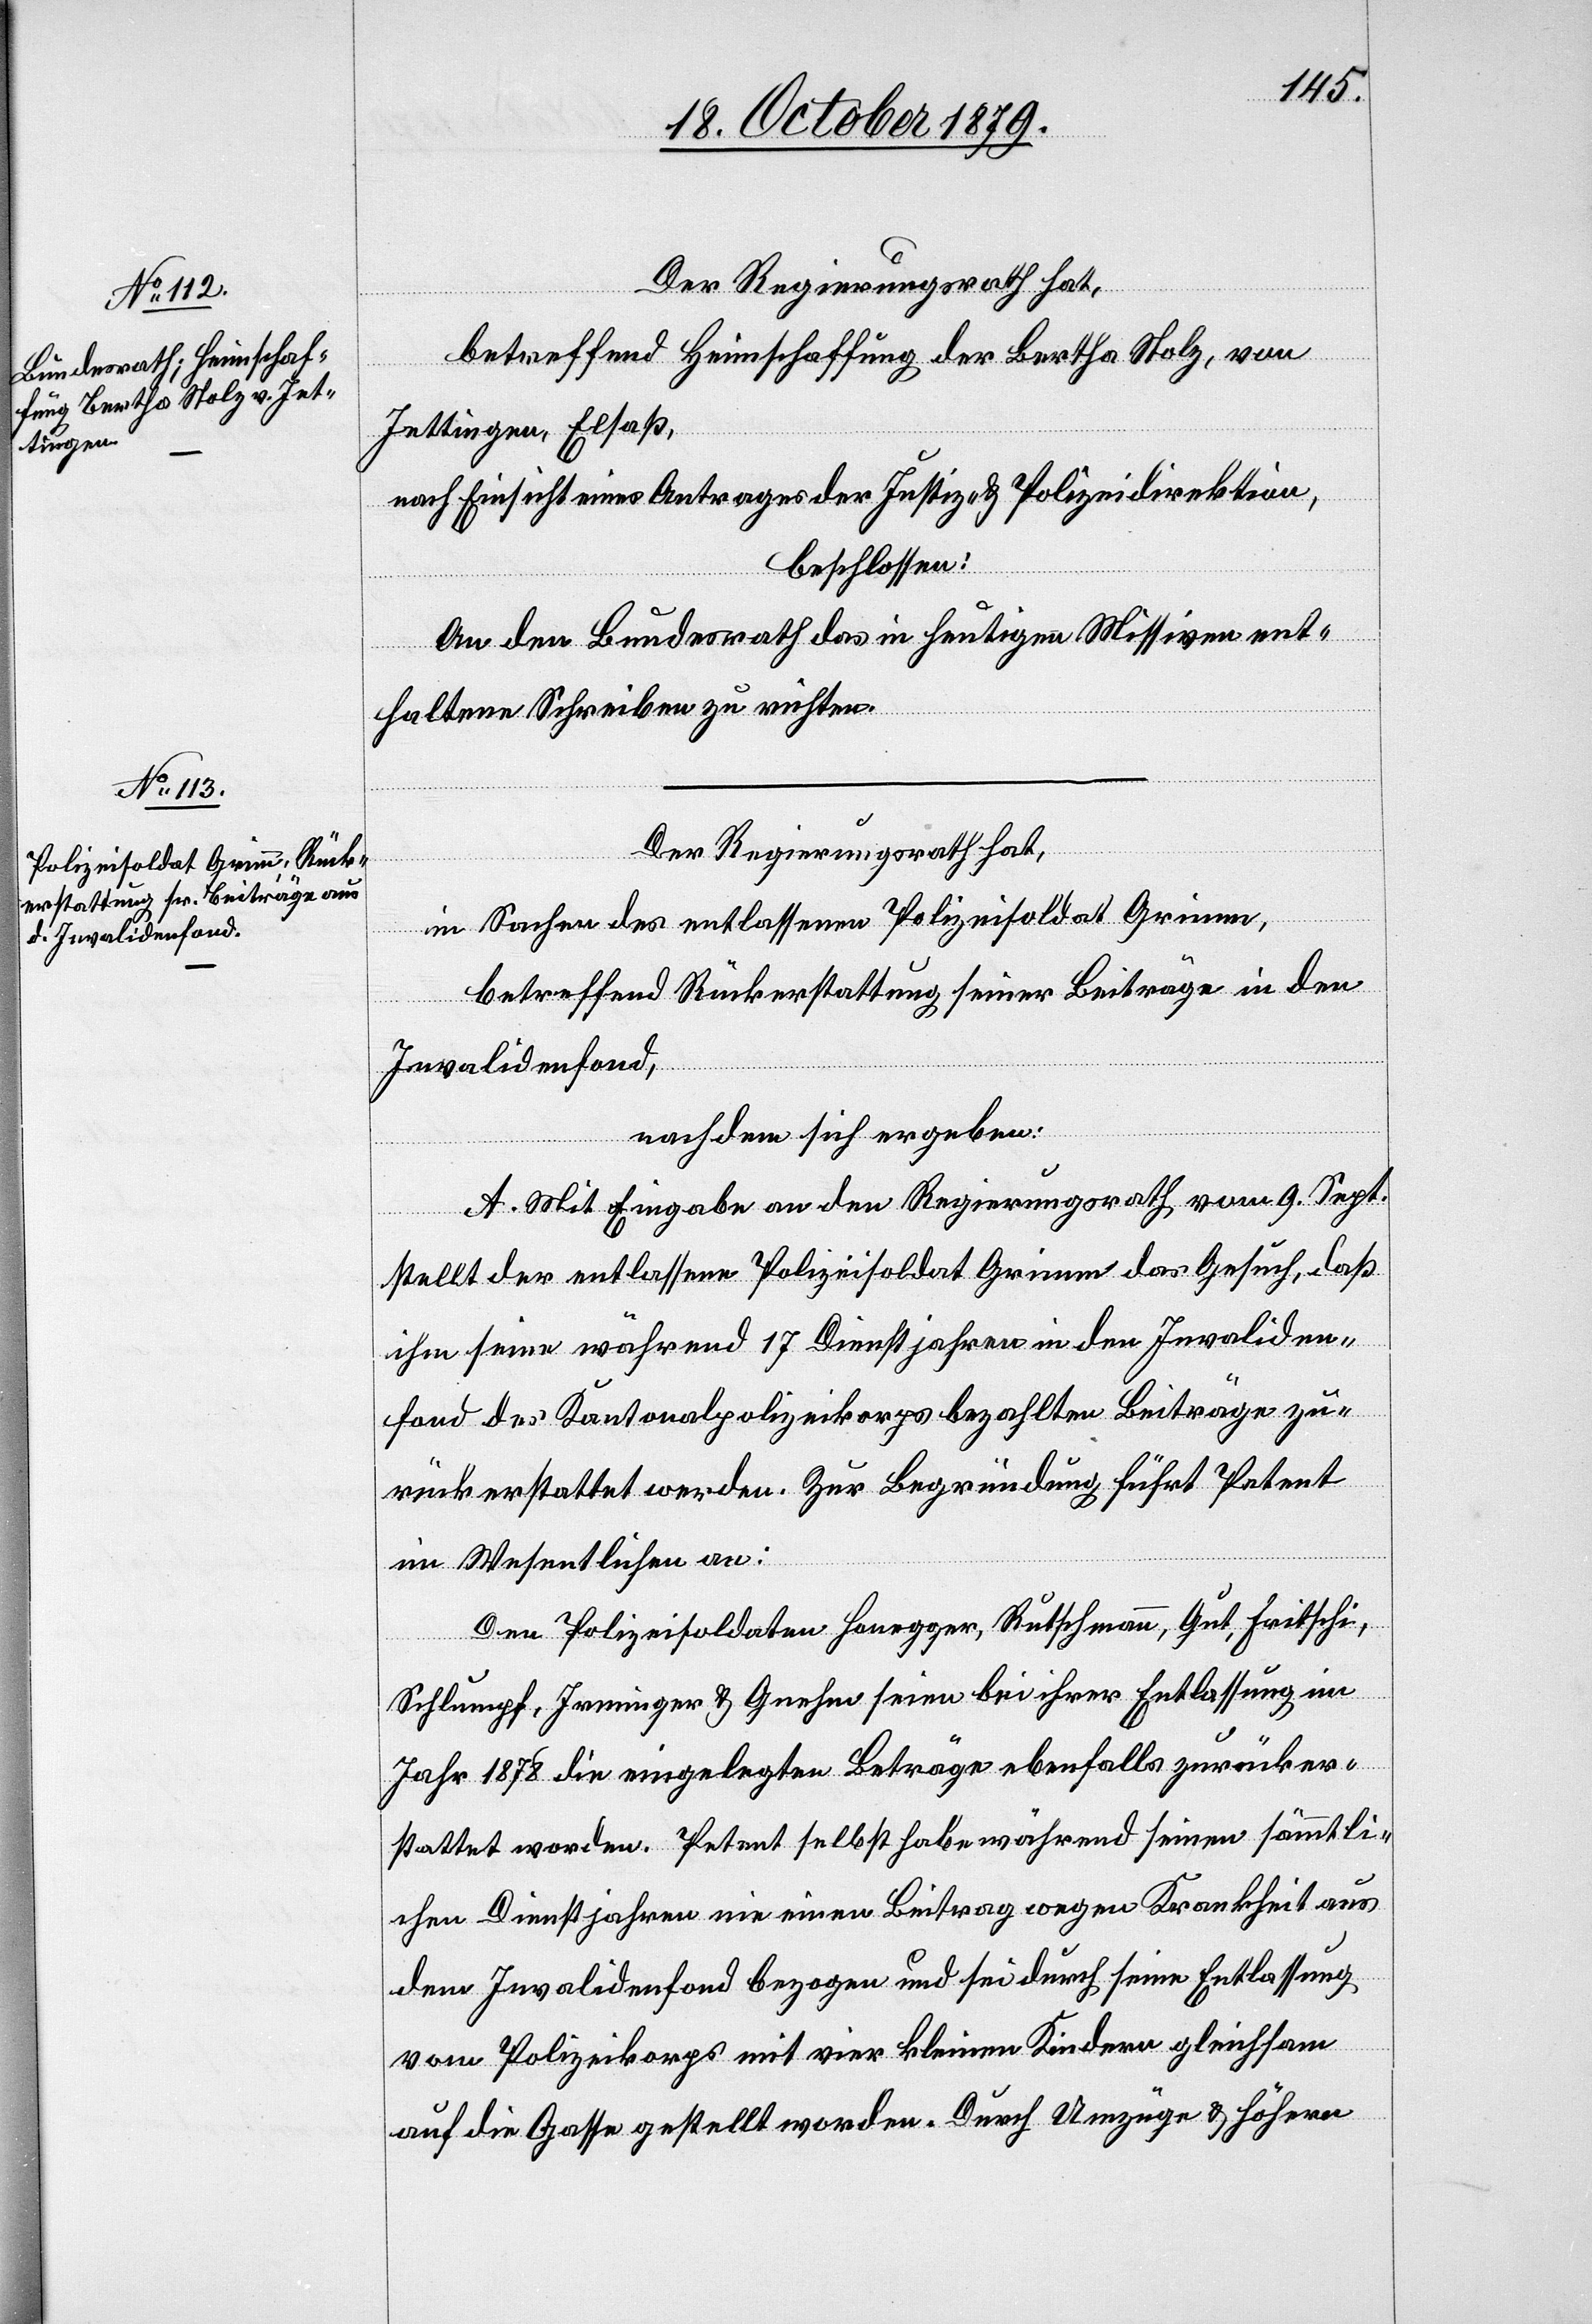
Der Regierungsrath hat,
betreffend Heimschaffung der Bertha Stolz, von
Jettingen, Elsaß,
nach Einsicht eine Antrages der Justiz- & Polizeidirektion,
beschlossen:
An den Bundesrath das in heutigen Missiven ent¬
haltene Schreiben zu richten.
Der Regierungsrath hat,
in Sachen des entlassenen Polizeisoldat Grimm,
betreffend Rückerstattung seiner Beiträge in den
Invalidenfond,
nachdem sich ergeben:
A. Mit Eingabe an den Regierungsrath vom 9. Sept.
stellt der entlassene Polizeisoldat Grimm das Gesuch, daß
ihm seine während 17 Dienstjahren in den Invaliden¬
fond des Kantonalpolizeikorps bezahlten Beiträge zu¬
rückerstattet werden. Zur Begründung führt Petent
im Wesentlichen an:
Den Polizeisoldaten Honegger, Rutschmann, Gut, Fritschi,
Schlumpf, Irminger & Gnehm seien bei ihrer Entlassung im
Jahr 1878 die eingelegten Beträge ebenfalls zurücker¬
stattet worden. Petent selbst habe während seinen sämmtli¬
chen Dienstjahren nie einen Beitrag wegen Krankheit aus
dem Invalidenfond bezogen und sei durch seine Entlassung
vom Polizeikorps mit vier kleinen Kindern gleichsam
auf die Gasse gestellt worden. Durch Umzüge & höhern